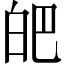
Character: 皅